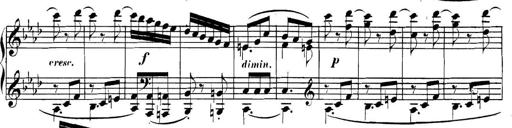
Title: Collected Piano Sonatas
Composer: Muzio Clementi